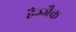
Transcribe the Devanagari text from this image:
हैज्जैक